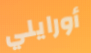
أورايلي